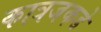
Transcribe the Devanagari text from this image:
कात्रजकडे